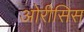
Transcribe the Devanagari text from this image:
ओरीसिस